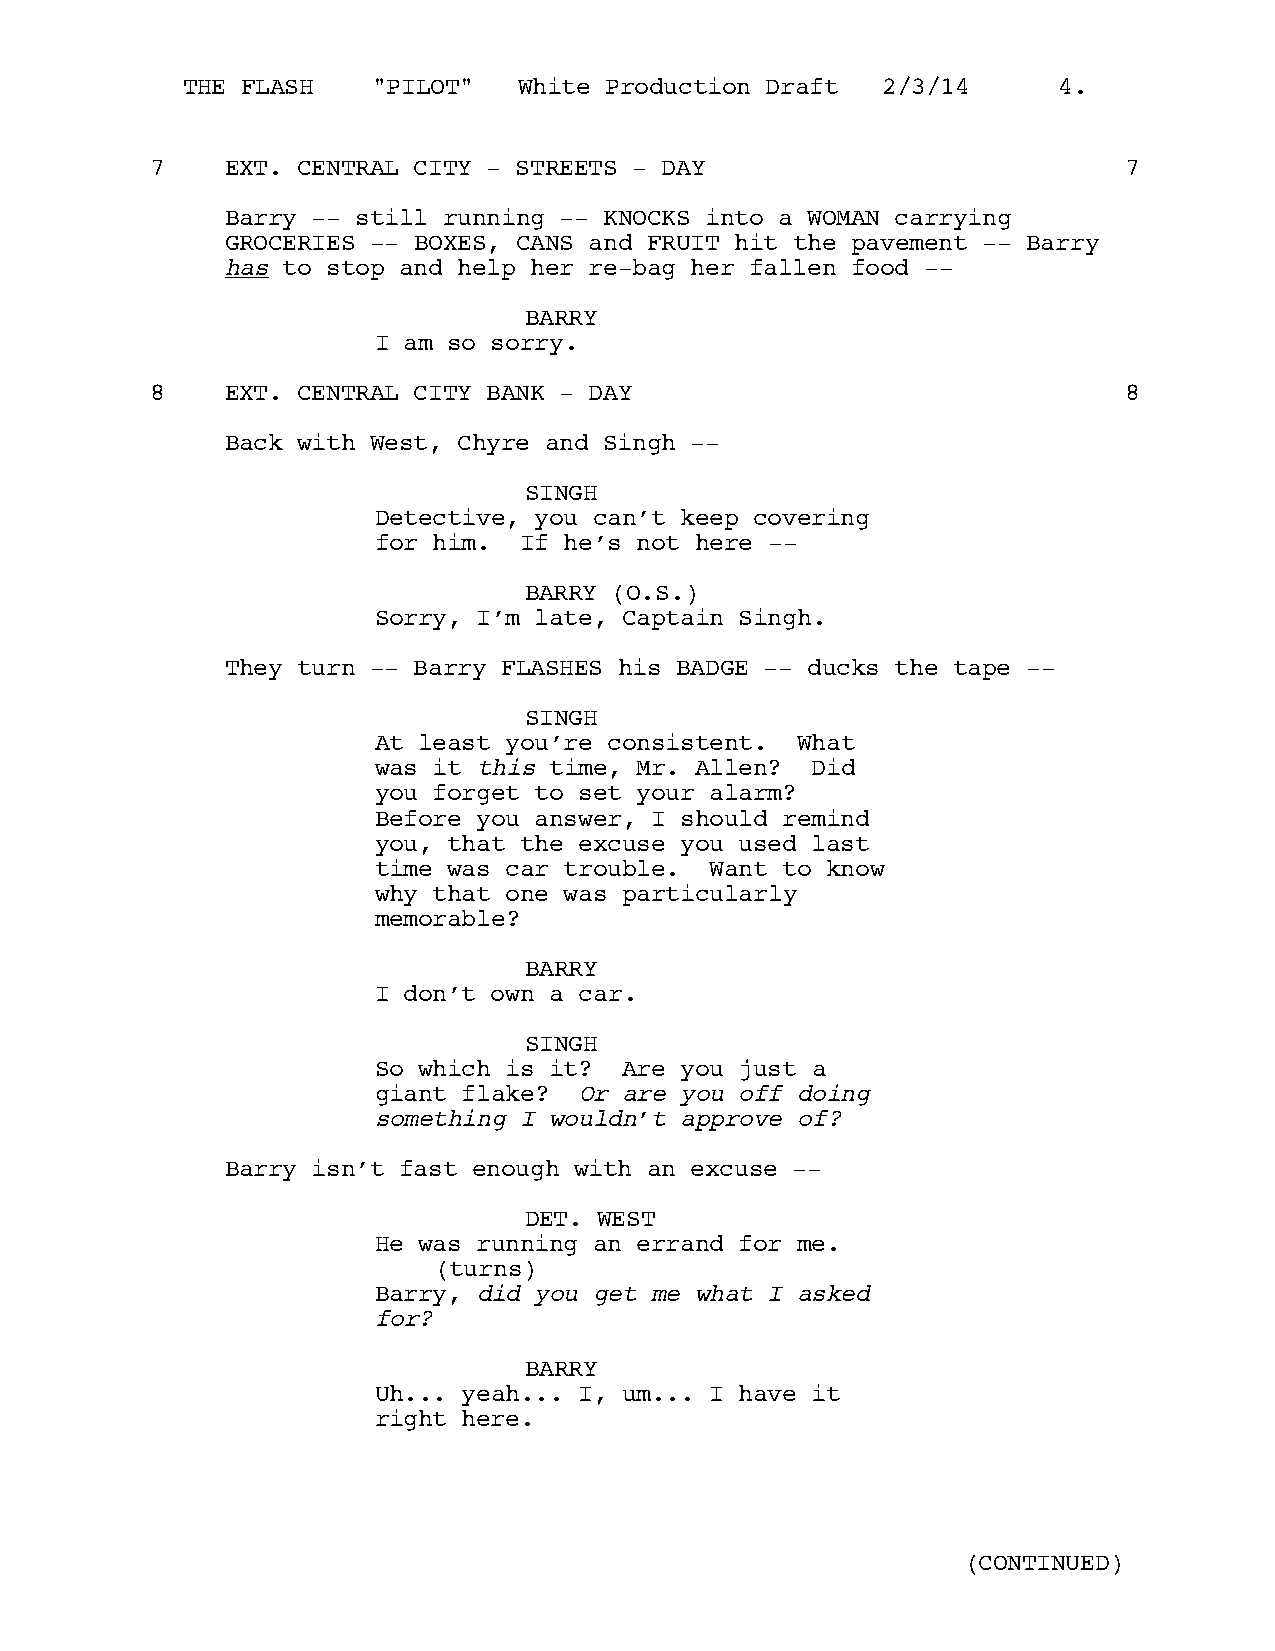
THE FLASH    "PILOT"  White Production Draft  2/3/14      4.
 7    EXT. CENTRAL CITY - STREETS - DAY                          7
 Barry -- still running -- KNOCKS into a WOMAN carrying
 GROCERIES -- BOXES, CANS and FRUIT hit the pavement -- Barry
 has to stop and help her re-bag her fallen food --
 BARRY
 I am so sorry.
 8    EXT. CENTRAL CITY BANK - DAY                               8
 Back with West, Chyre and Singh --
 SINGH
 Detective, you can’t keep covering
 for him. If he’s not here --
 BARRY (O.S.)
 Sorry, I’m late, Captain Singh.
 They turn -- Barry FLASHES his BADGE -- ducks the tape --
 SINGH
 At least you’re consistent. What
 was it this time, Mr. Allen? Did
 you forget to set your alarm?
 Before you answer, I should remind
 you, that the excuse you used last
 time was car trouble. Want to know
 why that one was particularly
 memorable?
 BARRY
 I don’t own a car.
 SINGH
 So which is it? Are you just a
 giant flake? Or are you off doing
 something I wouldn’t approve of?
 Barry isn’t fast enough with an excuse --
 DET. WEST
 He was running an errand for me.
 (turns)
 Barry, did you get me what I asked
 for?
 BARRY
 Uh... yeah... I, um... I have it
 right here.
 (CONTINUED)